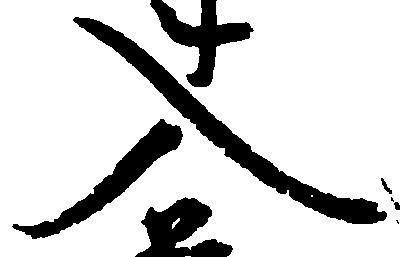
入